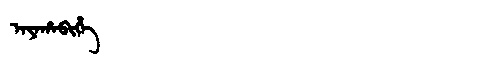
Manchu: ᠠᠶᠠᡥᠠᠪᡳᡥᡝ
Romanization: AYAHABIHE